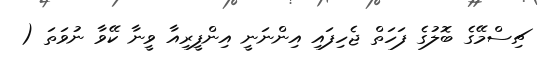
ޗިސްމޭގެ ބޮލުގެ ފަހަތް ޖެހިފައި އިންނަނީ އިންފީރިއާ ވީނާ ކޭވާ ނުވަތަ (